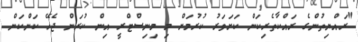
"ރައްޔިތުންގެ ރައްކާތެރިކަން ކަށަވަރު ކުރުމަށް މި މިނިސްޓްރީ އިން ކުރަން ޖެހޭ ކަންކަން